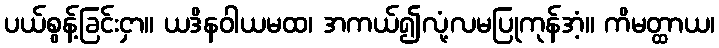
ပယ်စွန့်ခြင်းငှာ။ ယဒိနဝါယမထ၊ အကယ်၍လုံ့လမပြုကုန်အံ့။ ကိမတ္ထာယ၊